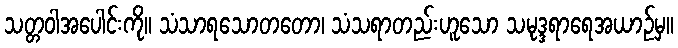
သတ္တဝါအပေါင်းကို။ သံသာရသောတတော၊ သံသရာတည်းဟူသော သမုဒ္ဒရာရေအယာဉ်မှ။